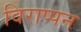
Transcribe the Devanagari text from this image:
विराप्पन